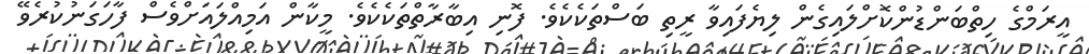
އީރަމްގެ ހިތްބަންޑުންކޮށްލައިގެން ލިޔެފައިވާ ރީތި ބަސްތަކެކެވެ. ފޮނި އިބާރާތްތަކެކެވެ. މީކާން އަމިއްލައަށްވެސް ފާހަގަނުކުރެވޭ